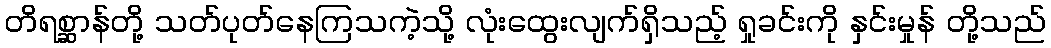
တိရစ္ဆာန်တို့ သတ်ပုတ်နေကြသကဲ့သို့ လုံးထွေးလျက်ရှိသည့် ရှုခင်းကို နှင်းမှုန် တို့သည်